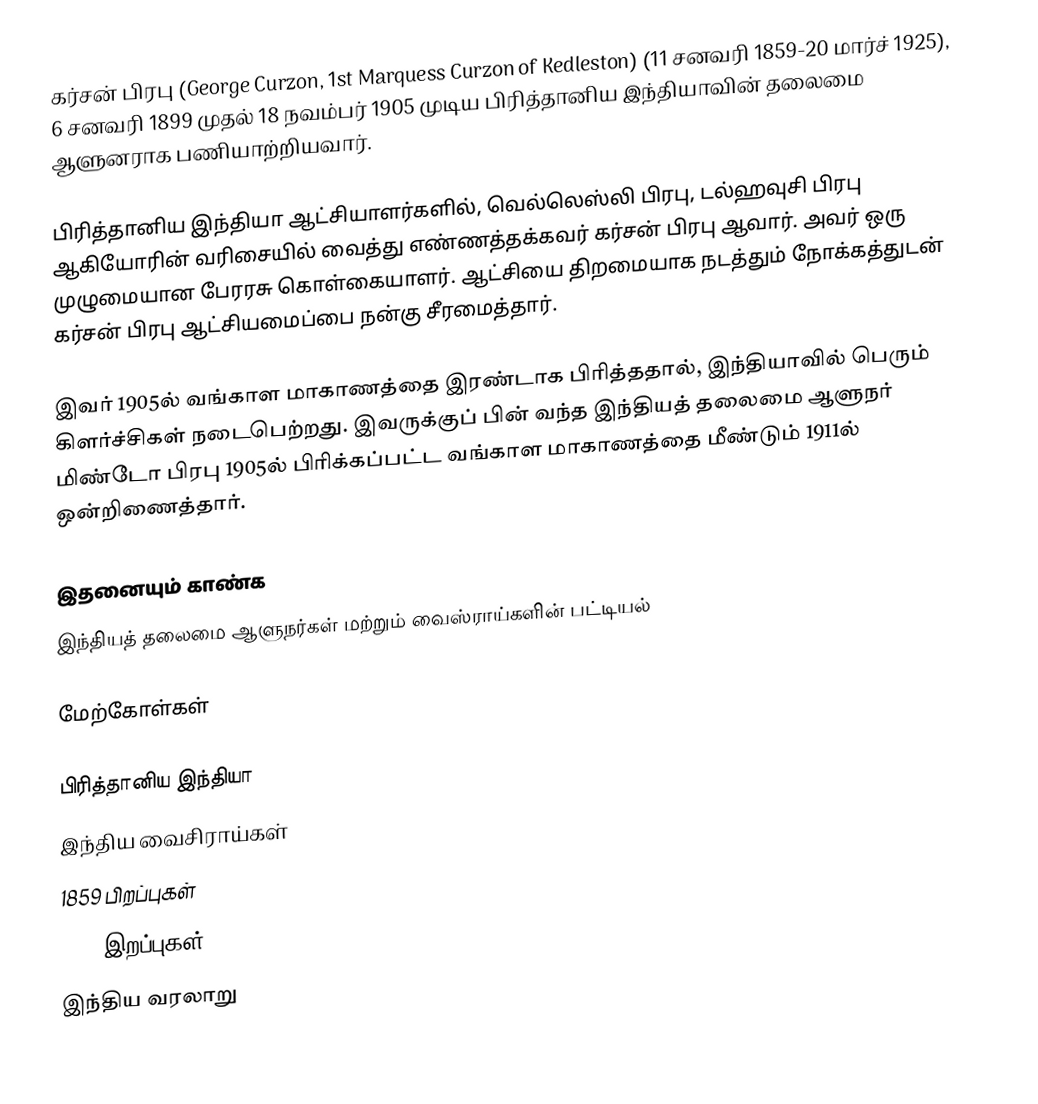
கர்சன் பிரபு (George Curzon, 1st Marquess Curzon of Kedleston) (11 சனவரி 1859-20 மார்ச் 1925), 6 சனவரி 1899 முதல் 18 நவம்பர் 1905 முடிய பிரித்தானிய இந்தியாவின் தலைமை ஆளுனராக பணியாற்றியவார்.

பிரித்தானிய இந்தியா ஆட்சியாளர்களில், வெல்லெஸ்லி பிரபு, டல்ஹவுசி பிரபு ஆகியோரின் வரிசையில் வைத்து எண்ணத்தக்கவர் கர்சன் பிரபு ஆவார். அவர் ஒரு முழுமையான பேரரசு கொள்கையாளர். ஆட்சியை திறமையாக நடத்தும் நோக்கத்துடன் கர்சன் பிரபு ஆட்சியமைப்பை நன்கு சீரமைத்தார்.

இவர் 1905ல் வங்காள மாகாணத்தை இரண்டாக பிரித்ததால், இந்தியாவில் பெரும் கிளர்ச்சிகள் நடைபெற்றது. இவருக்குப் பின் வந்த இந்தியத் தலைமை ஆளுநர் மிண்டோ பிரபு 1905ல் பிரிக்கப்பட்ட வங்காள மாகாணத்தை மீண்டும் 1911ல் ஒன்றிணைத்தார்.

இதனையும் காண்க
 இந்தியத் தலைமை ஆளுநர்கள் மற்றும் வைஸ்ராய்களின் பட்டியல்

மேற்கோள்கள்

பிரித்தானிய இந்தியா
இந்திய வைசிராய்கள்
1859 பிறப்புகள்
1925 இறப்புகள்
இந்திய வரலாறு